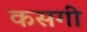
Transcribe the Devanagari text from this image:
कसगी